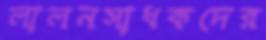
লালনসাধকদের